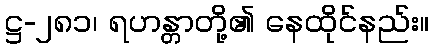
ဋ္ဌ-၂၈၁၊ ရဟန္တာတို့၏ နေထိုင်နည်း။